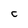
Character: C